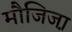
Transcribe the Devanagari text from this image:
मौजिजा़